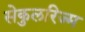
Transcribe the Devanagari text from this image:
सेकुलरिज्म